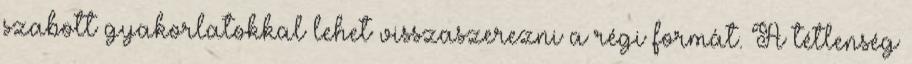
szabott gyakorlatokkal lehet visszaszerezni a régi formát. A tétlenség